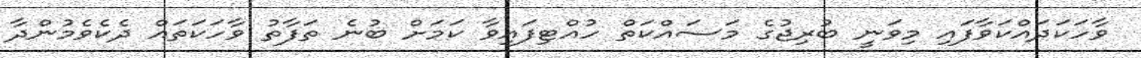
ވާހަކަދައްކަވާފައި މިވަނީ ބުރިޖުގެ މަަސައްކަތް ހުއްޓިފައިވާ ކަމަށް ބުނެ ތަފާތު ވާހަކަތައް ދެކެވެމުންދާ